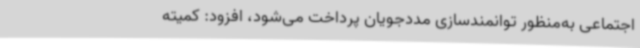
اجتماعی به‌منظور توانمندسازی مددجویان پرداخت می‌شود، افزود: کمیته